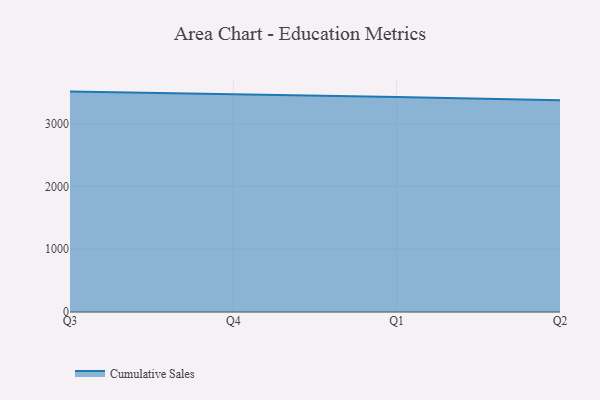
{"axis": {"x": "Quarter", "y": "Active Users"}, "legend": ["Cumulative Sales"], "data": [{"x": "Q3", "y": 3513.8, "type": "Cumulative Sales"}, {"x": "Q4", "y": 3472.8, "type": "Cumulative Sales"}, {"x": "Q1", "y": 3429.7, "type": "Cumulative Sales"}, {"x": "Q2", "y": 3375.7, "type": "Cumulative Sales"}]}